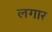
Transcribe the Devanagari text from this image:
लगार